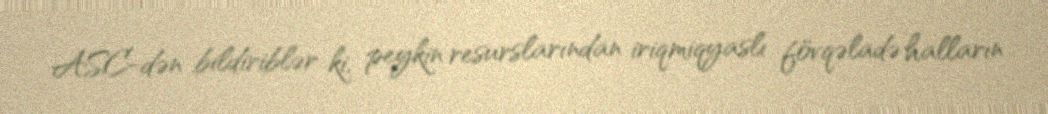
ASC-dən bildiriblər ki, peykin resurslarından iriqmiqyaslı fövqəladə halların